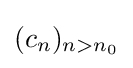
(c_{n})_{n>n_{0}}